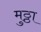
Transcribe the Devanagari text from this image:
मुठ्ठा